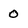
Character: 0